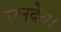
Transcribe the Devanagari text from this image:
रत्नदेव।